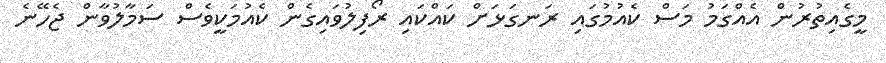
މީގެއިތުރުން އެއްގަމު މަސް ކެއުމުގައި ރަނގަޅަށް ކައްކައި ރޯފިލުވައިގެން ކެއުމަކީވެސް ސަމާލުވާން ޖެހޭނެ